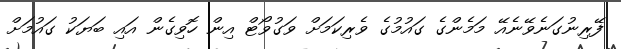
ފޭރިނުގަނެވޭނެއޭ މަމެންގެ ގައުމުގެ ވެރިކަމަށް ވަގުވޯޓް އިން ހޮވިގެން އައި ބަޔަކު ގައުމަށް